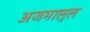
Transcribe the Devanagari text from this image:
अजमालुल